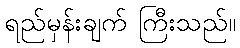
ရည်မှန်းချက် ကြီးသည်။